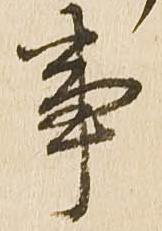
事